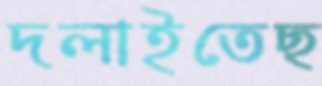
দলাইতেছ